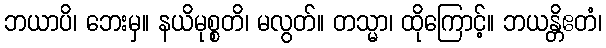
ဘယာပိ၊ ဘေးမှ။ နယိမုစ္စတိ၊ မလွတ်။ တသ္မာ၊ ထိုကြောင့်။ ဘယန္တိဧတံ၊